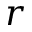
r